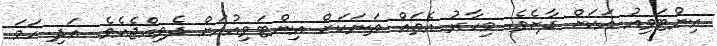
އިންޓަވިއު އަކަށް ދާށެވެެ. މިހާރު އެތައް ތަނަކަށް އިންޓަވިއުއަށް ދެވިއްޖެއެވެ. އަދި ހަމަ